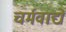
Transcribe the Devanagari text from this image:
चर्मवाद्ये